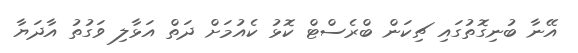
އޭނާ ބުނިގޮތުގައި ޗިކަން ބްރެސްޓް ކޮޅު ކެއުމަށް ދަތް އަޅާލި ވަގުތު އާދަޔާ